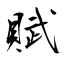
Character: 賦